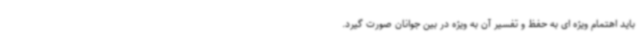
باید اهتمام ویژه ای به حفظ و تفسیر آن به ویژه در بین جوانان صورت گیرد.